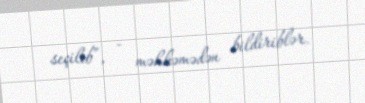
seçilib”, - məhkəmədən bildiriblər.